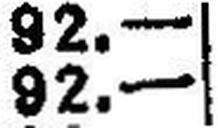
92.—